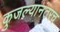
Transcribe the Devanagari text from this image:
कुजल्यानंतरच